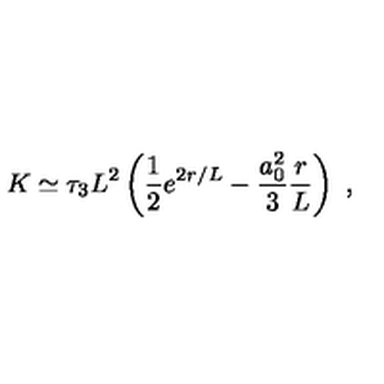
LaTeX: K \simeq \tau _ { 3 } L ^ { 2 } \left( \frac { 1 } { 2 } e ^ { 2 r / L } - \frac { a _ { 0 } ^ { 2 } } { 3 } \frac { r } { L } \right) \ ,